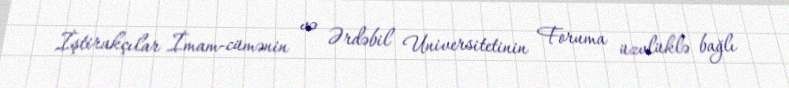
İştirakçılar İmam-cümənin və Ərdəbil Universitetinin Foruma üzvlüklə bağlı